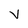
Character: V